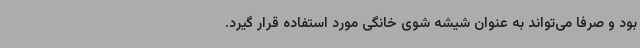
بود و صرفا می‌تواند به عنوان شیشه شوی خانگی مورد استفاده قرار گیرد.